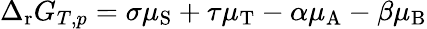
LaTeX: \Delta_{\mathrm{r}}G_{T,p}=\sigma\mu_{\mathrm{S}}+\tau\mu_{\mathrm{T}}-\alpha\mu_{\mathrm{A}}-\beta\mu_{\mathrm{B}}